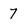
Character: 7